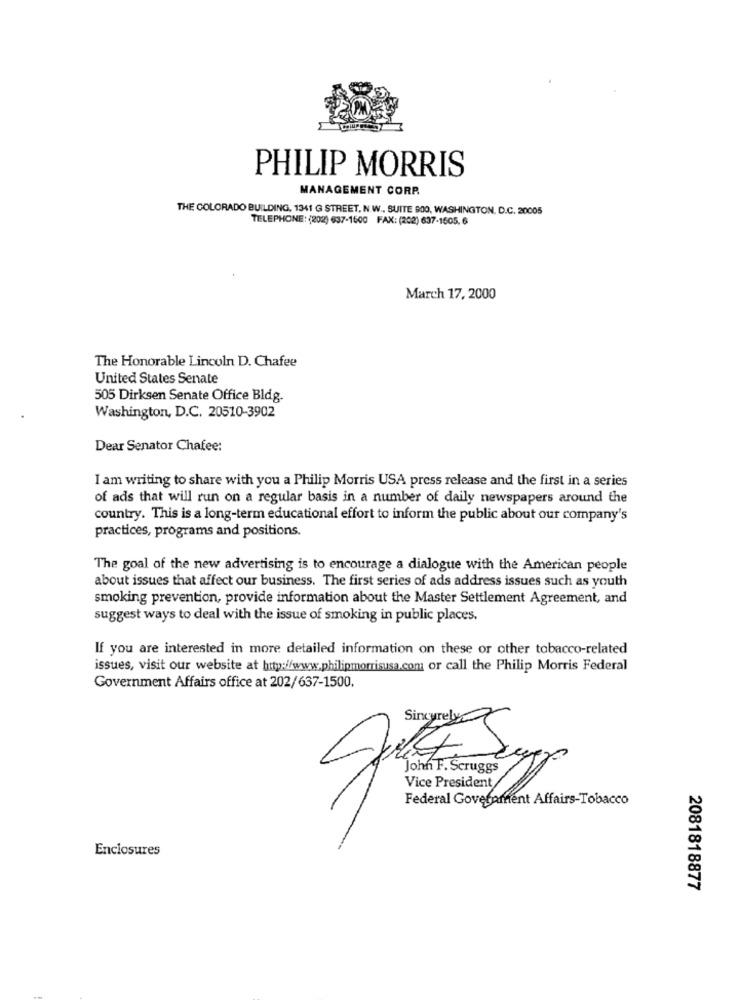
PHILIP MORRIS
MANAGEMENT CORP.
THE COLORADO BUILDING, 1341 G STREET, N.W ., SUITE 900, WASHINGTON, D.C. 20005
TELEPHONE: (202) 637-1500 FAX: (202) 637-1505, 6
March 17, 2000
The Honorable Lincoln D. Chafee
United States Senate
505 Dirksen Senate Office Bldg.
Washington, D.C. 20510-3902
Dear Senator Chafee:
I am writing to share with you a Philip Morris USA press release and the first in a series
of ads that will run on a regular basis in a number of daily newspapers around the
country. This is a long-term educational effort to inform the public about our company's
practices, programs and positions.
The goal of the new advertising is to encourage a dialogue with the American people
about issues that affect our business. The first series of ads address issues such as youth
smoking prevention, provide information about the Master Settlement Agreement, and
suggest ways to deal with the issue of smoking in public places.
If you are interested in more detailed information on these or other tobacco-related
issues, visit our website at http://www.philipmorrisusa.com or call the Philip Morris Federal
Government Affairs office at 202/637-1500.
Sirkyrely
John F. Scruggs
Vice President
Federal Government Affairs-Tobacco
Enclosures
2081818877